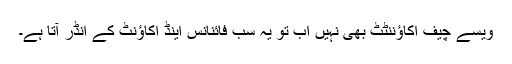
ویسے چیف اکاؤننٹٹ بھی نہیں اب تو یہ سب فائنانس اینڈ اکاؤنٹ کے انڈر آتا ہے۔